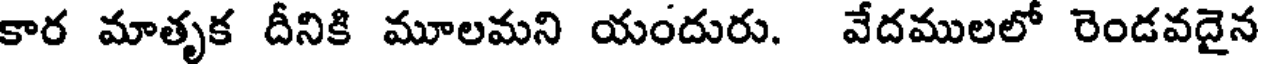
కార మాతృక దీనికి మూలమని యందురు. వేదములలో రెండవదైన